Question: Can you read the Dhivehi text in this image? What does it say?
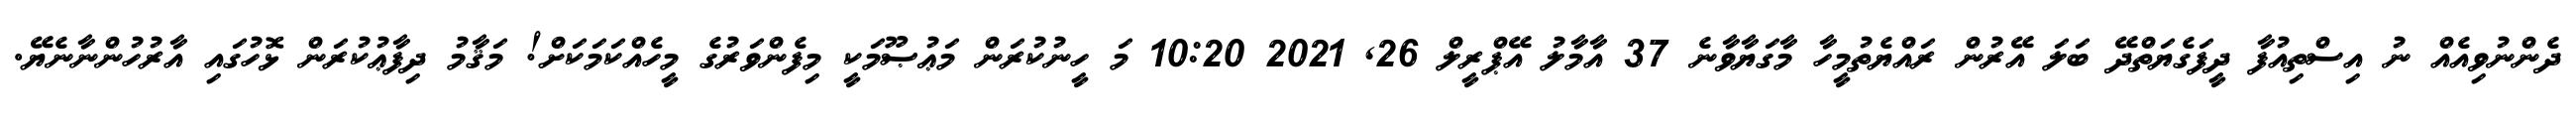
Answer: ދެންނުވިއެއް ނު އިސްތިއުފާ ދީފަގެޔަތްދޭ ބަލަ އޭރުން ރައްޔެތުމީހާ މާގަޔާވާނެ 37 އާމާލު އޭޕްރީލް 26, 2021 10:20 މަ ހީނުކުރަން މަޢުޞޫމަކީ މިފެންވަރުގެ މީހެއްކަމަކަށް! މަޤާމު ދިފާޢުކުރަން ޅޮހުގައި އާރުހުންނާނެޔޭ.